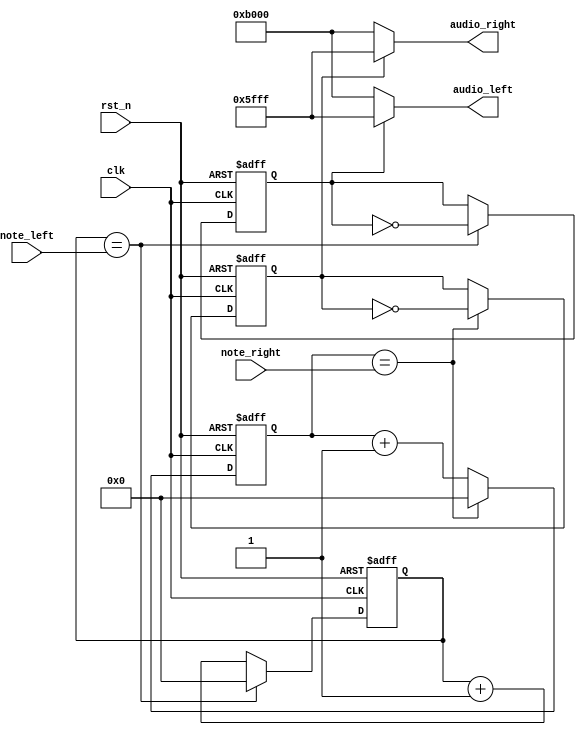
`timescale 1ns / 1ps
//////////////////////////////////////////////////////////////////////////////////
// Company: 
// Engineer: 
// 
// Design Name: 
// Module Name: buzzer_control
// Project Name: 
// Target Devices: 
// Tool Versions: 
// Description: 
// 
// Dependencies: 
// 
// Revision:
// Revision 0.01 - File Created
// Additional Comments:
// 
//////////////////////////////////////////////////////////////////////////////////


module buzzer_control(clk, rst_n, note_left, note_right, audio_left, audio_right);
input clk;
input rst_n;
input [21:0] note_left;
input [21:0] note_right;
output [15:0] audio_left;
output [15:0] audio_right;

reg [15:0] audio_left, audio_right;
reg b_clk_left, next_left, b_clk_right, next_right;
reg [21:0] count_left, counter_left, count_right, counter_right;

 always @*
    if (count_left == note_left) 
    begin
      counter_left = 22'd0;
      next_left   = ~b_clk_left;
    end 
    else 
    begin
      counter_left = count_left + 1'b1;
      next_left = b_clk_left;
    end

  always @(posedge clk or negedge rst_n)
    if (~rst_n) begin
      count_left <= 22'd0;
      b_clk_left   <= 1'b0;
    end else begin
      count_left <= counter_left;
      b_clk_left   <= next_left;
    end

 always @*
    if (count_right == note_right) 
    begin
      counter_right = 22'd0;
      next_right   = ~b_clk_right;
    end 
    else 
    begin
      counter_right = count_right + 1'b1;
      next_right = b_clk_right;
    end

  always @(posedge clk or negedge rst_n)
    if (~rst_n) begin
      count_right <= 22'd0;
      b_clk_right   <= 1'b0;
    end else begin
      count_right <= counter_right;
      b_clk_right   <= next_right;
    end



always @*
if (b_clk_left)
    audio_left = 16'h5FFF;
else
    audio_left = 16'hB000;

always @*
if (b_clk_right)
    audio_right = 16'h5FFF;
else
    audio_right = 16'hB000;

endmodule